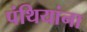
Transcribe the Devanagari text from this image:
पंथियांना